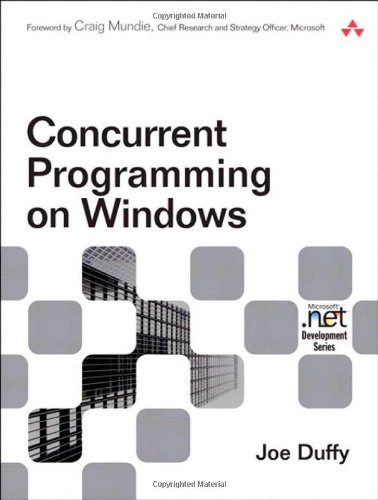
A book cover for Concurrent Programming on Windows; Joe Duffy; Computers & Technology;